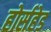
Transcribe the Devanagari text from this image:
होर्सहेड